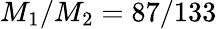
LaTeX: M_{1}/M_{2}=87/133